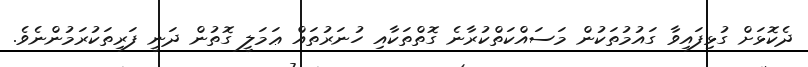
ދެކޮޅަށް ގުޅިފައިވާ ގައުމުތަކުން މަސައްކަތްކުރާނެ ގޮތްތަކާއި ހުނަރުތައް ޢަަމަލީ ގޮތުން ދަނީ ފަރިތަކުރަމުންނެވެ.